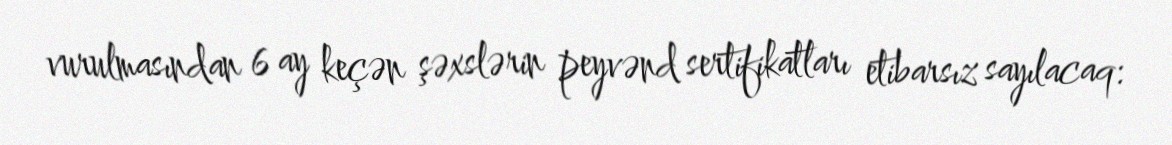
vurulmasından 6 ay keçən şəxslərin peyvənd sertifikatları etibarsız sayılacaq: